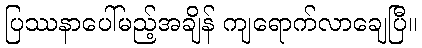
ပြဿနာပေါ်မည့်အချိန် ကျရောက်လာချေပြီ။